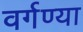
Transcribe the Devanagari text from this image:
वर्गण्या